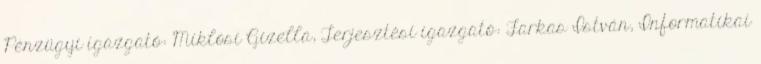
Pénzügyi igazgató: Miklósi Gizella, Terjesztési igazgató: Farkas István, Informatikai